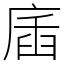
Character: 㢎